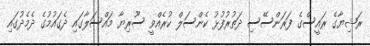
ރަޝިޔާގެ ރައީސްގެ ފަރަންސޭސި ދަތުރުފުޅު ކެންސަލް ކުރެއްވީ ސޫރިޔާ މައްސަލާގައި ދެގައުމުގެ ދެމެދުގައި